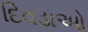
દિવડાઓ